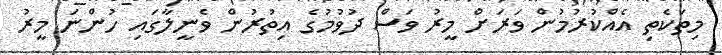
މިތަކެތި އެއްކުރުމުން ވަރަށް މީރު ވަސް ދުވުމުގެ އިތުރުން ވެނީލާގައި ހުންނަ މީރު